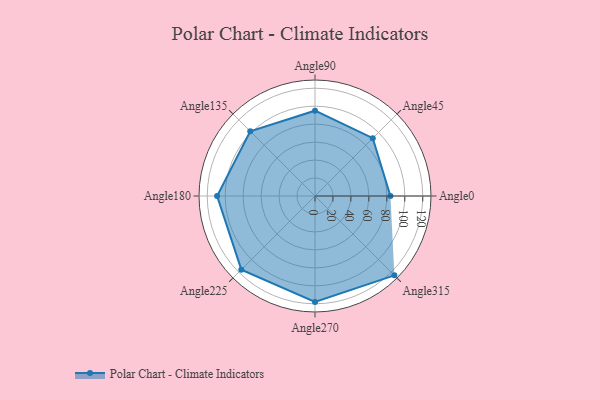
{"axis": {"x": "Angle", "y": "Radius"}, "legend": [""], "data": [{"x": "Angle0", "y": 84.0, "type": ""}, {"x": "Angle45", "y": 91.0, "type": ""}, {"x": "Angle90", "y": 95.0, "type": ""}, {"x": "Angle135", "y": 102.0, "type": ""}, {"x": "Angle180", "y": 109.0, "type": ""}, {"x": "Angle225", "y": 116.0, "type": ""}, {"x": "Angle270", "y": 118.0, "type": ""}, {"x": "Angle315", "y": 125.0, "type": ""}]}